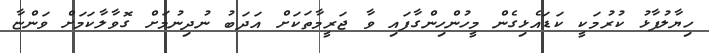
ހިޔާލުފާޅު ކުރުމަކީ ކަޑައެޅިގެން މީހުންހިންގާފައި ވާ ޖަރީމާތަކަށް އަދަބު ނުދިނުމަށް ގޮވާލާކަމަށް ވަންޏާ